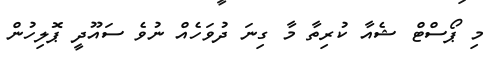
މި ޕޯސްޓް ޝެއާ ކުރިތާ މާ ގިނަ ދުވަހެއް ނުވެ ސައޫދީ ޕޮލިހުން